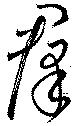
羣